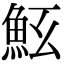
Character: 𩵷